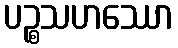
ပဉ္စသဟဿော